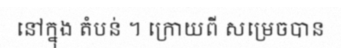
នៅក្នុង តំបន់ ។ ក្រោយពី សម្រេចបាន